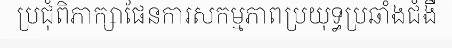
ប្រជុំពិភាក្សាផែនការសកម្មភាពប្រយុទ្ធប្រឆាំងជំងឺ